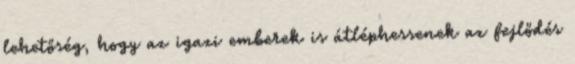
lehetőség, hogy az igazi emberek is átléphessenek az fejlődés